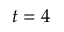
t = 4